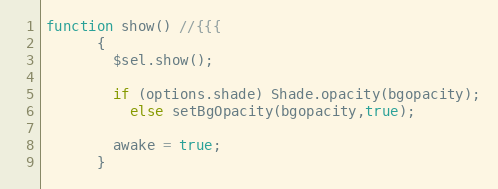
Language: JavaScript
function show() //{{{
      {
        $sel.show();

        if (options.shade) Shade.opacity(bgopacity);
          else setBgOpacity(bgopacity,true);

        awake = true;
      }